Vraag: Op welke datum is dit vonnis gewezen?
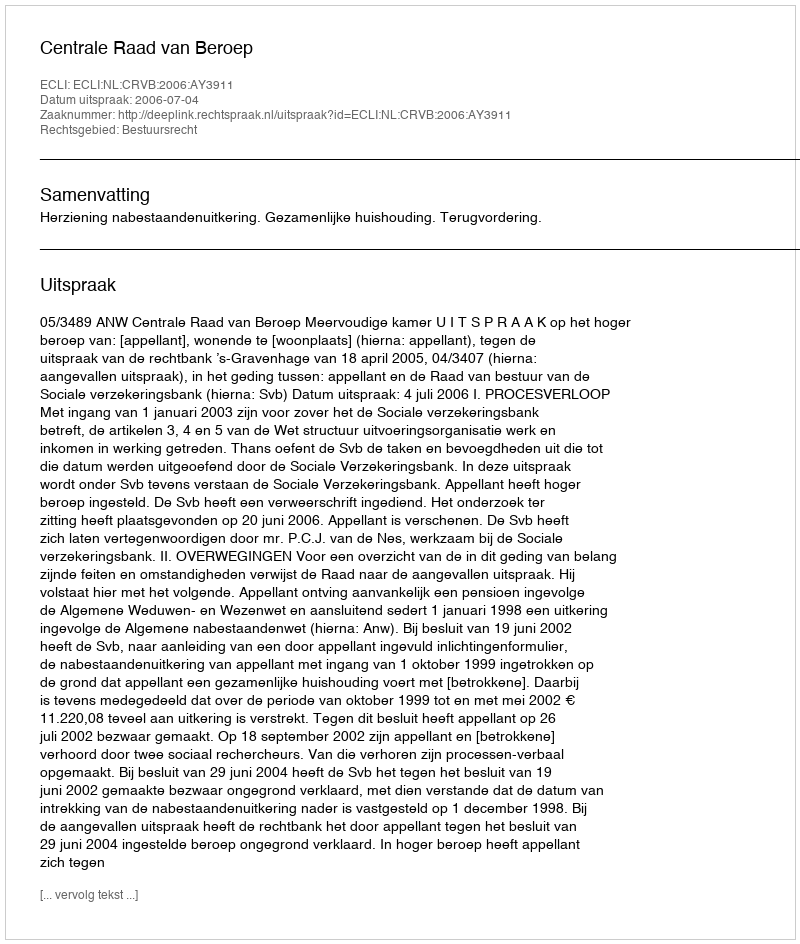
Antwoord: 2006-07-04